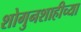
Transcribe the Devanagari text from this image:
शोगुनशाहीच्या